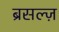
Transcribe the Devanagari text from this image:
ब्रसल्ज़